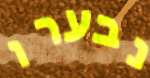
נבערו